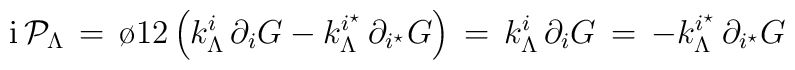
{\rm i} \, {\cal P}_\Lambda \, =  \, {\o{1}{2}}\left ( k^{i}_\Lambda \, \partial_i G -k^{i^\star}_\Lambda \, \partial_{i^\star} G\right ) \,= \, k^{i}_\Lambda \, \partial_i G \, = \,- k^{i^\star}_\Lambda \, \partial_{i^\star} G